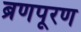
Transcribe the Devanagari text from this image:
ब्रणपूरण